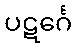
ပဋင်္ဂေ